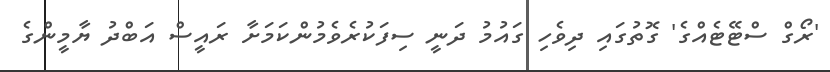
'ރޯގް ސްޓޭޓެެއްގެ' ގޮތުގައި ދިވެހި ގައުމު ދަނީ ސިފަކުރެވެމުންކަމަށާ ރައީސް އަބްދު ޔާމީންގެ